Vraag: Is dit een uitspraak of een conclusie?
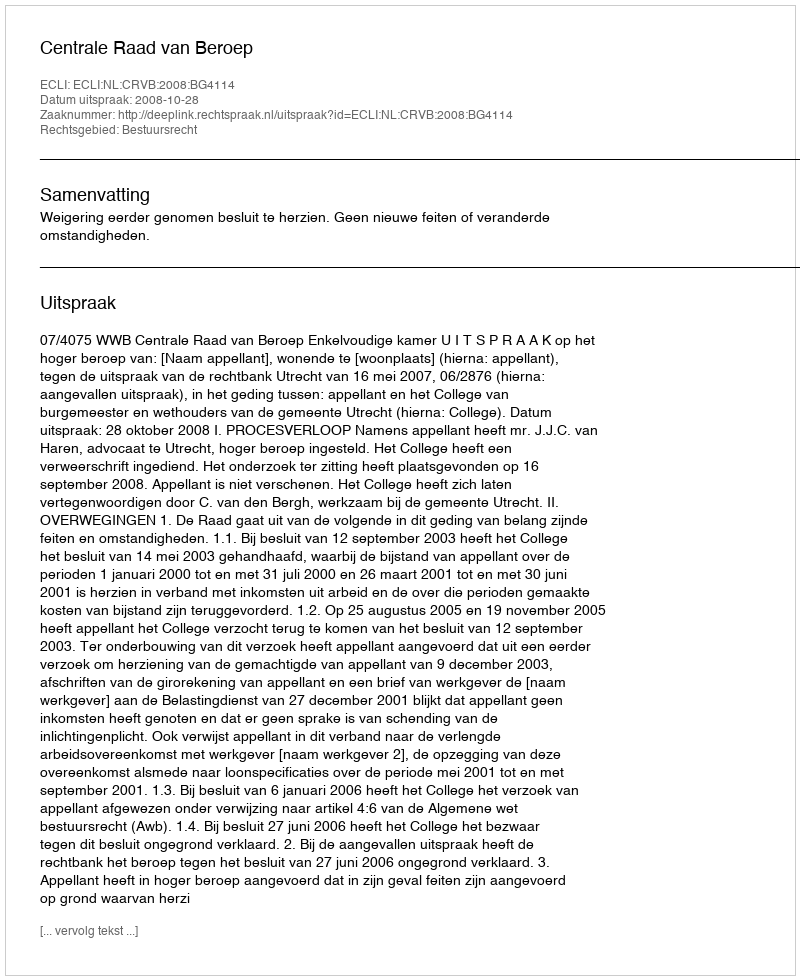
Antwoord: Uitspraak